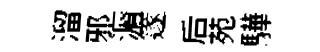
溜邪漘篴后苑驊